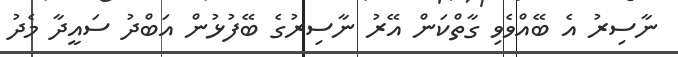
ނާސިރު އެ ބޭއްވެވި ގާތްކަން އޭރު ނާސިރުގެ ބޭފުޅުން އަބްދު ސައީދާ މެދު